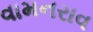
વામનરાવ